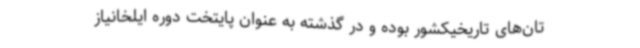
تان‌های تاریخیکشور بوده و در گذشته به عنوان پایتخت دوره ایلخانیاز